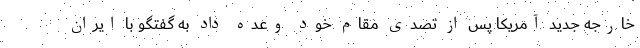
خارجه جدید آمریکا پس از تصدی مقام خود وعده داد به گفتگو با ایران